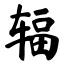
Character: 辐